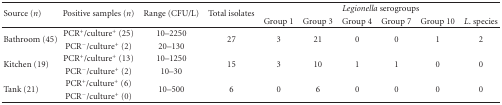
| <ROWSPAN=2> Source (n) | <ROWSPAN=2> Positive samples (n) | <ROWSPAN=2> Range (CFU/L) | <ROWSPAN=2> Total isolates | <COLSPAN=6> Legionella serogroups |
 | Group 1 | Group 3 | Group 4 | Group 7 | Group 10 | L. species |
 | --- | --- | --- | --- | --- | --- | --- | --- | --- | --- |
 | <ROWSPAN=2> Bathroom (45) | PCR+/culture+ (25) | 10–2250 | <ROWSPAN=2> 27 | <ROWSPAN=2> 3 | <ROWSPAN=2> 21 | <ROWSPAN=2> 0 | <ROWSPAN=2> 0 | <ROWSPAN=2> 1 | <ROWSPAN=2> 2 |
 | PCR−/culture+ (2) | 20–130 |
 | <ROWSPAN=2> Kitchen (19) | PCR+/culture+ (13) | 10–1250 | <ROWSPAN=2> 15 | <ROWSPAN=2> 3 | <ROWSPAN=2> 10 | <ROWSPAN=2> 1 | <ROWSPAN=2> 1 | <ROWSPAN=2> 0 | <ROWSPAN=2> 0 |
 | PCR−/culture+ (2) | 10–30 |
 | <ROWSPAN=2> Tank (21) | PCR+/culture+ (6) | <ROWSPAN=2> 10–500 | <ROWSPAN=2> 6 | <ROWSPAN=2> 0 | <ROWSPAN=2> 6 | <ROWSPAN=2> 0 | <ROWSPAN=2> 0 | <ROWSPAN=2> 0 | <ROWSPAN=2> 0 |
 | PCR−/culture+ (0) |